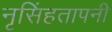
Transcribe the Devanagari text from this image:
नृसिंहतापनी